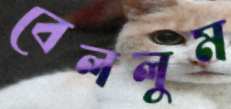
বেললুম